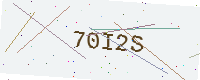
Text: 70I2S